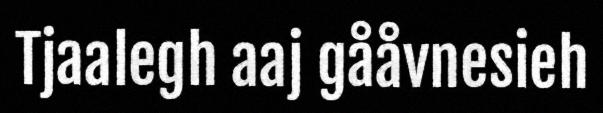
Tjaalegh aaj gååvnesieh